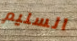
السليم